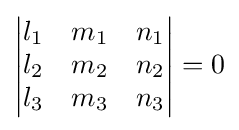
{\begin{vmatrix}l_{1}&m_{1}&n_{1}\\l_{2}&m_{2}&n_{2}\\l_{3}&m_{3}&n_{3}\end{vmatrix}}=0